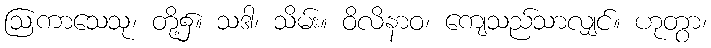
ဩကာသေသု၊ တို့၌။ သဒါ၊ သိမ်း။ ဝိလိနာဝ၊ ကျေသည်သာလျှင်။ ဟုတွာ၊